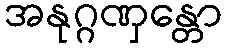
အနုဂ္ဂဏှန္တော